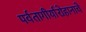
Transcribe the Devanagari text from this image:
पर्वतागीर्यारोहानाचे